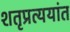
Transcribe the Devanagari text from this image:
शतृप्रत्ययांत